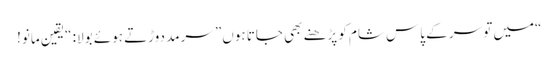
“میں تو سر کے پاس شام کو پڑھنے بھی جاتا ہوں” سرمد دوڑتے ہوئے بولا: “یقین مانو!